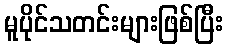
မူပိုင်သတင်းများဖြစ်ပြီး